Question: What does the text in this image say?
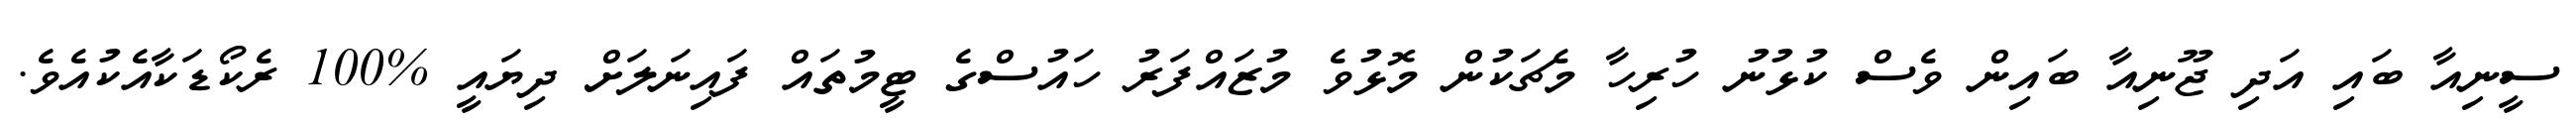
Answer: ސީނިއާ ބައި އަދި ޖޫނިއާ ބައިން ވެސް ކުޅުނު ހުރިހާ މެޗަކުން މޮޅުވެ މުޒައްފަރު ހައުސްގެ ޓީމުތައް ފައިނަލަށް ދިޔައީ %100 ރެކޯޑަކާއެކުއެވެ.